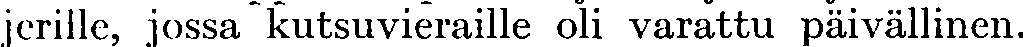
jerille, jossa kutsuvieraille oli varattu päivällinen.